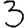
Digit: 3